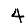
Digit: 4